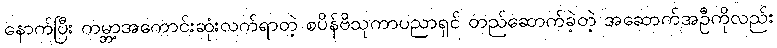
နောက်ပြီး ကမ္ဘာ့အကောင်းဆုံးလက်ရာတဲ့ စပိန်ဗိသုကာပညာရှင် တည်ဆောက်ခဲ့တဲ့ အဆောက်အဦကိုလည်း